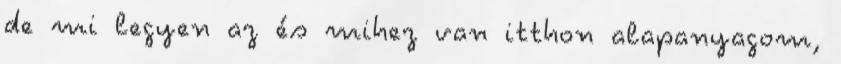
de mi legyen az és mihez van itthon alapanyagom,